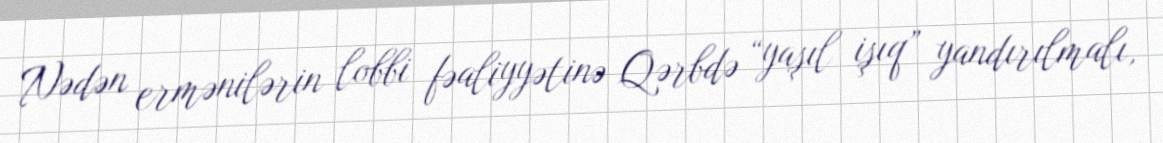
Nədən ermənilərin lobbi fəaliyyətinə Qərbdə “yaşıl işıq” yandırılmalı,